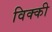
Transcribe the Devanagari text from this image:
विक्‍की